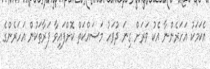
އެކަމަކު އަހަރެންނާ އެކު ވަރަށް ގިނަ ދުވަހު މަސައްކަތް ކޮށްފައިވާ ފަރާތަކުން އަހަރެންގެ